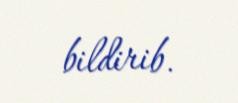
bildirib.